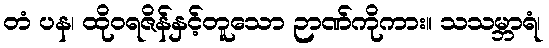
တံ ပန၊ ထိုဝရဇိန်နှင့်တူသော ဉာဏ်ကိုကား။ သသမ္ဘာရံ၊